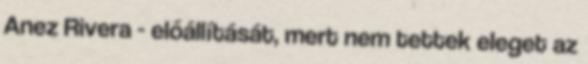
Anez Rivera - előállítását, mert nem tettek eleget az